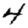
Digit: 4